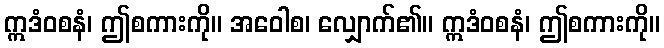
ဣဒံဝစနံ၊ ဤစကားကို။ အဝေါစ၊ လျှောက်၏။ ဣဒံဝစနံ၊ ဤစကားကို။